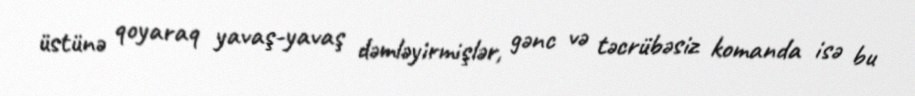
üstünə qoyaraq yavaş-yavaş dəmləyirmişlər, gənc və təcrübəsiz komanda isə bu